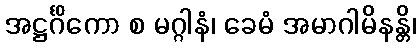
အဋ္ဌင်္ဂိကော စ မဂ္ဂါနံ၊ ခေမံ အမာဂါမိနန္တိ၊